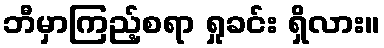
ဘီမှာကြည့်စရာ ရှုခင်း ရှိလား။